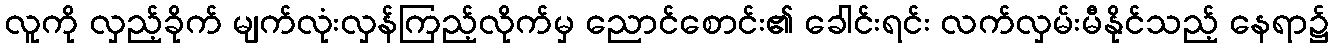
လူကို လှည့်ခိုက် မျက်လုံးလှန်ကြည့်လိုက်မှ ညောင်စောင်း၏ ခေါင်းရင်း လက်လှမ်းမီနိုင်သည့် နေရာ၌